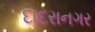
દાદરાનગર